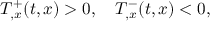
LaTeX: T _ { , x } ^ { + } ( t , x ) > 0 , \quad T _ { , x } ^ { - } ( t , x ) < 0 ,